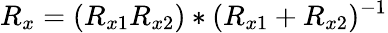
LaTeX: R_{x}={(R_{x1}R_{x2})}*{(R_{x1}+R_{x2})^{-1}}